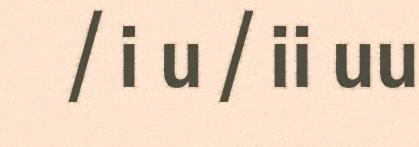
/ i u / ii uu